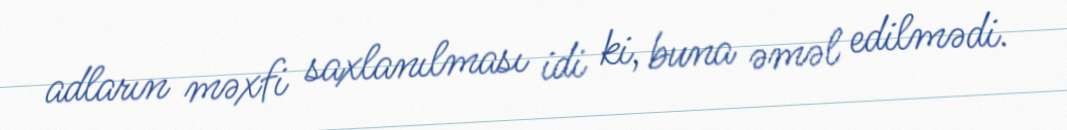
adların məxfi saxlanılması idi ki, buna əməl edilmədi.